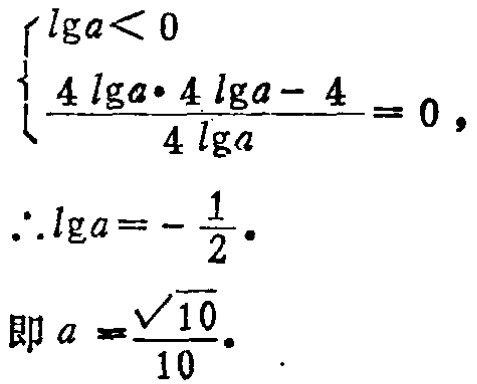
\[
\begin{cases}
\lg a < 0 \\
\frac{4\lg a\cdot 4\lg a - 4}{4\lg a} = 0,
\end{cases}
\]
\(\therefore \lg a = -\frac{1}{2}\).
即 \(a = \frac{\sqrt{10}}{10}\).